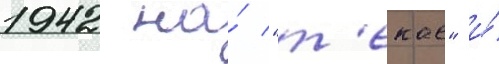
1942 на́ "т'екае" и́